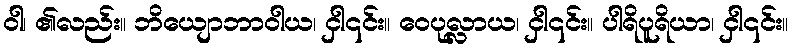
ဝါ၊ ၏လည်း။ ဘိယျောဘာဝါယ၊ ငှါ၎င်း။ ဝေပုလ္လာယ၊ ငှါ၎င်း။ ပါရိပူရိယာ၊ ငှါ၎င်း။